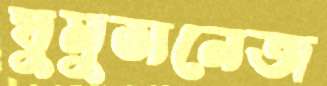
ঘুমুসনেজ